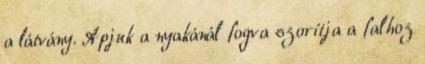
a látvány. Apjuk a nyakánál fogva szorítja a falhoz